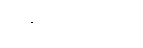
ကရေယျာသီတိ